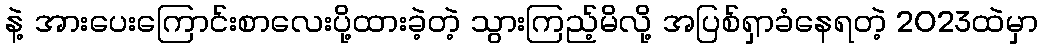
နဲ့ အားပေးကြောင်းစာလေးပို့ထားခဲ့တဲ့ သွားကြည့်မိလို့ အပြစ်ရှာခံနေရတဲ့ 2023ထဲမှာ